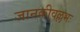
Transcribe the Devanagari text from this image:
जानकीवल्लभः